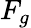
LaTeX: F_{g}